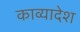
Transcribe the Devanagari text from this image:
काव्यादेश